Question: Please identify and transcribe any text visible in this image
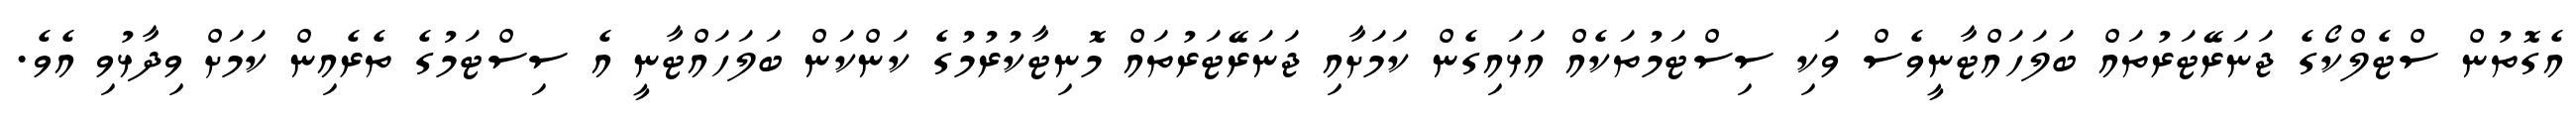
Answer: އެގޮތުން ސްޓެލްކޯގެ ޖަނަރޭޓަރުތައް ބަލަހައްޓާނީވެސް ވަކި ސިސްޓަމުތަކެއް އަޅައިގެން ކަމަށާއި ޖަނަރޭޓަރުތައް މޮނިޓާކުރުމުގެ ކަންކަން ބަލަހައްޓާނީ އެ ސިސްޓަމުގެ ތެރެއިން ކަމަށް ވިދާޅުވި އެވެ.